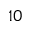
1 0